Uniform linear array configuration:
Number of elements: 12
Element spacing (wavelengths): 1
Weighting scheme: exponential
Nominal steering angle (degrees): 0
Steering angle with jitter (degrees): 1.353
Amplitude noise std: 0.05
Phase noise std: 0.05

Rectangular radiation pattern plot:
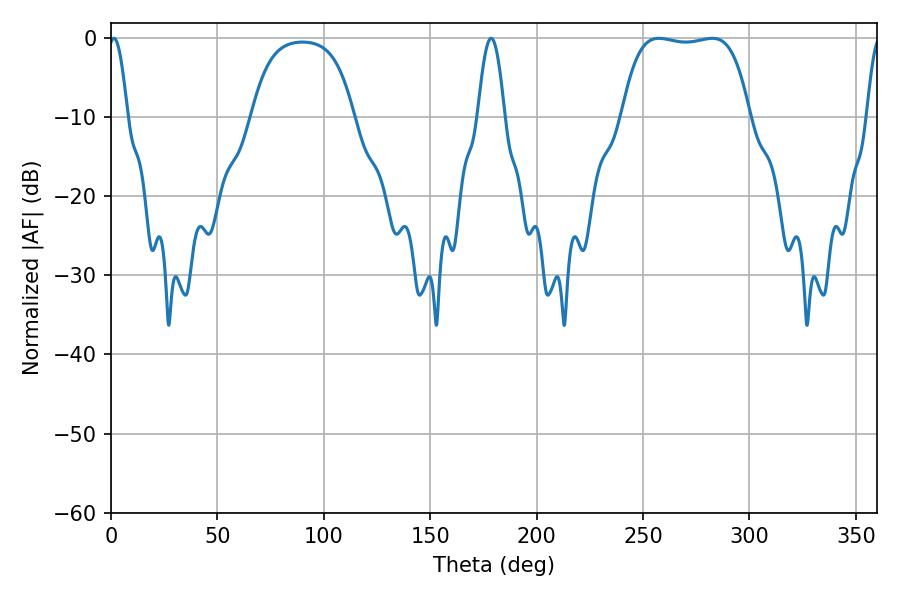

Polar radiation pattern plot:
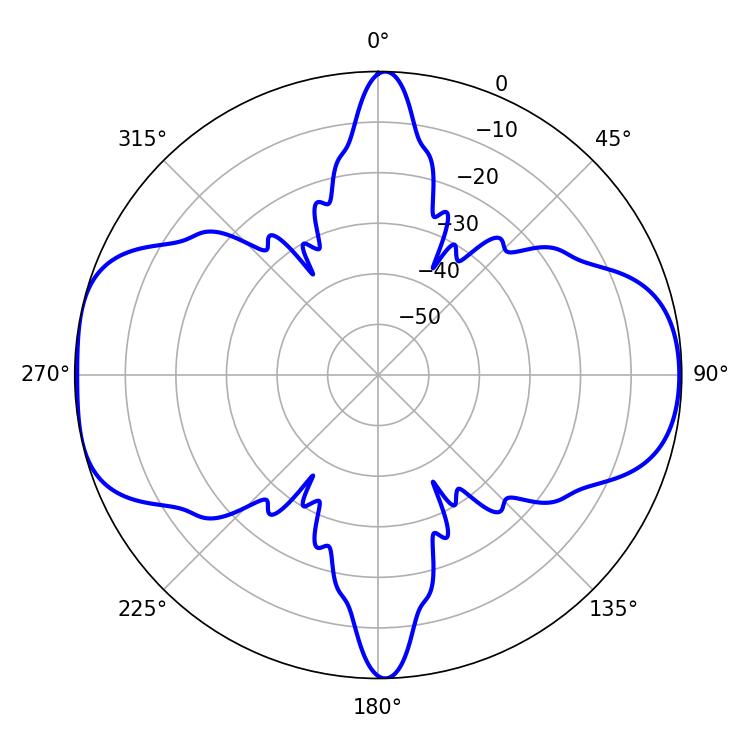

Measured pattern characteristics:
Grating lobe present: TRUE
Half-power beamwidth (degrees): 47.16
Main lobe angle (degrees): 257.4